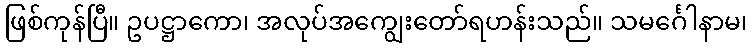
ဖြစ်ကုန်ပြီ။ ဥပဋ္ဌာကော၊ အလုပ်အကျွေးတော်ရဟန်းသည်။ သမင်္ဂေါနာမ၊